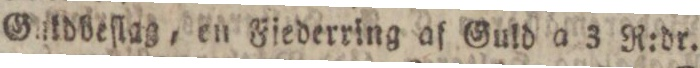
Gntdbeſlag, en Fiederring af Guld a 3 R:dr.